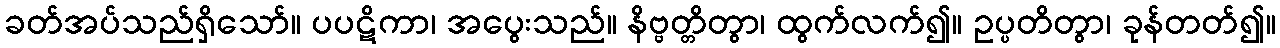
ခတ်အပ်သည်ရှိသော်။ ပပဋိကာ၊ အပွေးသည်။ နိဗ္ဗတ္တိတွာ၊ ထွက်လက်၍။ ဥပ္ပတိတွာ၊ ခုန်တတ်၍။